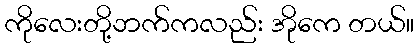
ကိုလေးတို့ဘက်ကလည်း အိုကေ တယ်။